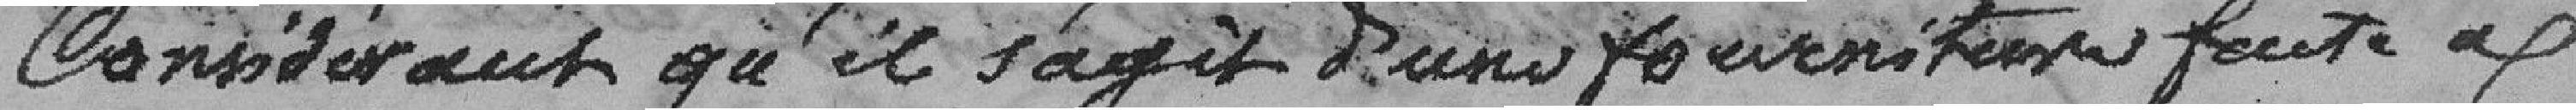
Considérant qu'il s'agit d'une fourniture faite à